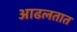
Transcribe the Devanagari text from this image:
आढलतात